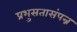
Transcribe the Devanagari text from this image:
प्रभुसतासंपन्न